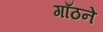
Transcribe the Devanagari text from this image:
गाँठने